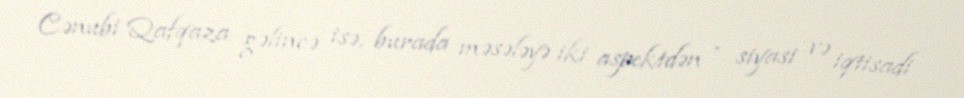
Cənubi Qafqaza gəlincə isə, burada məsələyə iki aspektdən - siyasi və iqtisadi